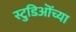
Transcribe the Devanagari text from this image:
स्टुडिऒंच्या